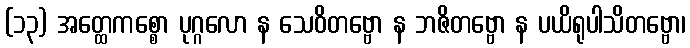
(၁၃) အတ္ထေကစ္စော ပုဂ္ဂလော န သေဝိတဗ္ဗော န ဘဇိတဗ္ဗော န ပယိရုပါသိတဗ္ဗော၊